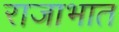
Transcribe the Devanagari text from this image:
राजाभात